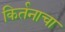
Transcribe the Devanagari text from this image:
किर्तनाचा